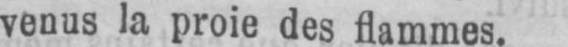
venus la proie des flammes.